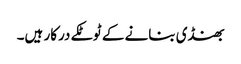
بھنڈی بنانے کے ٹوٹکے درکار ہیں۔